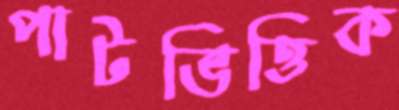
পাটভিত্তিক